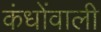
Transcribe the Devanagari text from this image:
कंधोंवाली